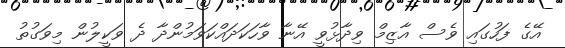
އޭގެ ފަހުގައި ވެސް އާޒިމް ވިދާޅުވީ އޭނާ ވާހަކަދައްކަވަމުންދާ ދެ ވަކީލުން މިވަގުތު